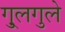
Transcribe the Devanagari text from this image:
गु्लगुले